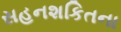
સહનશકિતના